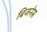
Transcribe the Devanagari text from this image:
बिजनेस